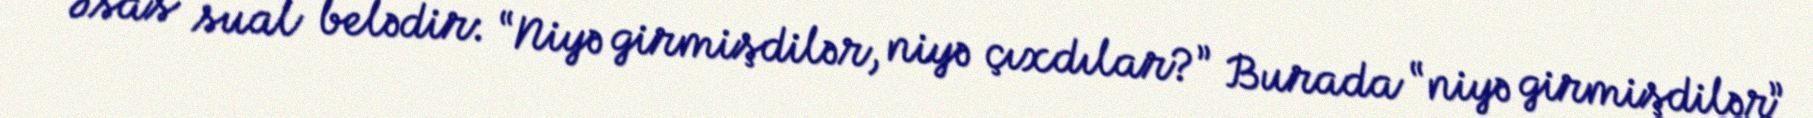
Əsas sual belədir: “Niyə girmişdilər, niyə çıxdılar?” Burada “niyə girmişdilər”